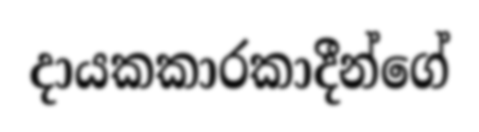
දායකකාරකාදීන්ගේ